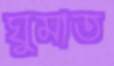
ঘুমাত